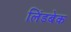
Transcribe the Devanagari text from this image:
लिंडबेक